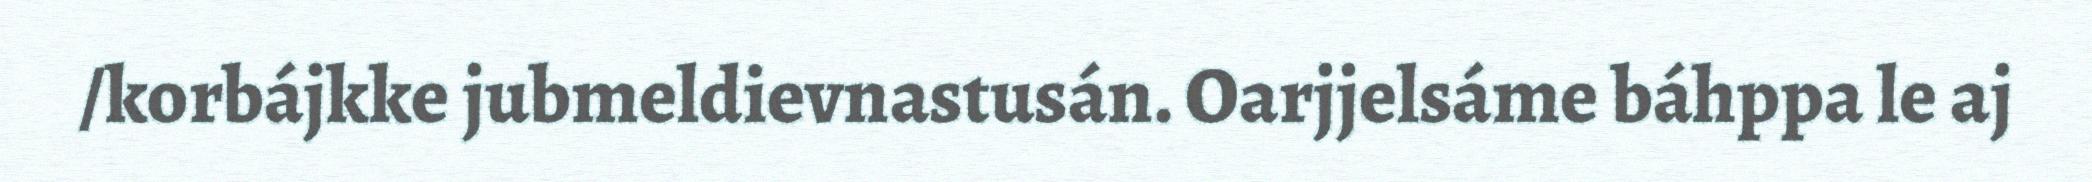
/korbájkke jubmeldievnastusán. Oarjjelsáme báhppa le aj